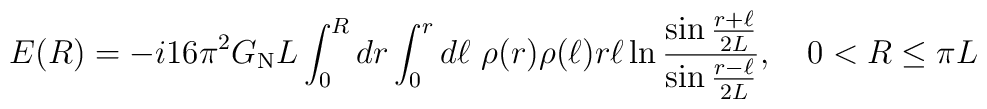
E(R)=-i16\pi^2G_{\rm N}L\int_0^R dr\int_0^r d\ell\ \rho(r)\rho(\ell)r\ell \ln{\sin{r+\ell\over 2L}\over \sin{r-\ell\over 2L}},\quad0<R\le \pi L